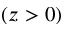
( z > 0 )